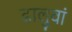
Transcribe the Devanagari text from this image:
ढालुवां